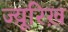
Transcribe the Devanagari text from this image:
ज्यू़रिख़